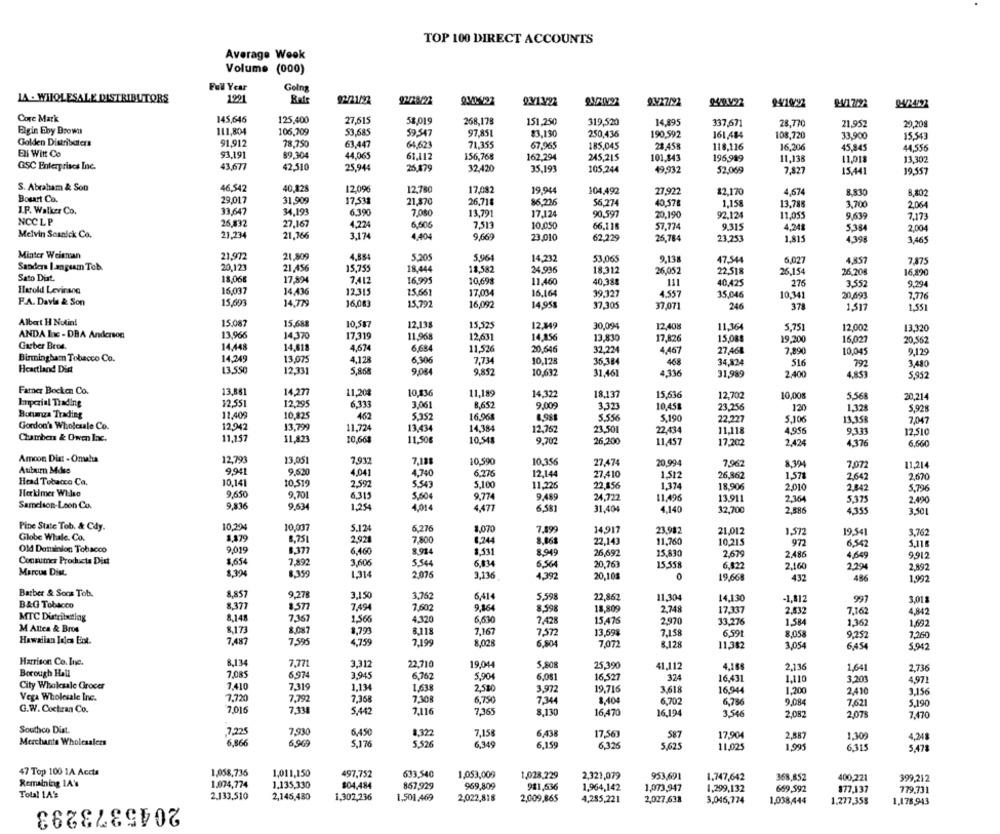
TOP 100 DIRECT ACCOUNTS
Average Week
Volume (000)
Full Year
Going
LA . WHOLESALE DISTRIBUTORS
1991
Rate
92/21/22
24/13/21
94/10/92
W17/22
Core Mark
145,646
125,400
27,615
58.019
268,178
151,250
319,520
14,895
337,671
28.770
21,952
29,208
Elgin Eby Drown
111,804
106,709
53.685
59.547
97,851
83,130
250,435
190,592
161,484
108,720
33,900
15.543
Golden Distribaters
91,912
63,447
71.355
78,750
64,623
67,965
185.045
28.458
118,116
16,206
45,845
44,556
ENl Witt Co
93.191
89,304
44,065
61.112
156,768
162,294
245,215
101,843
196,919
11,138
11,013
13,302
OSC Enterprises Inc.
43.677
42,510
25,944
25.479
32.420
35,193
105,244
49,932
52.069
7,827
15,441
19,557
S. Abraham & Son
46.542
40,828
12,096
12,780
17,082
19.944
104,492
27,922
82,170
4,674
8,830
8,802
Bosart Co.
29.017
31,909
17.531
21,870
26.718
86.236
56.274
I.F. Walker Co.
40.578
1,158
13.785
3,700
2.064
33,647
34,199
6.390
7.080
13,791
17.12
90.597
20,190
92.124
11,055
9.639
7.173
NCCLP
26,832
27,167
4,224
6,606
7.513
10.050
66,115
57.774
9.315
4.241
5.384
2,004
Melvin Sosaick Co.
21,234
21,766
3,174
4,404
9,669
23.010
62.229
25,784
23,253
1,815
4,398
3,465
Minter Welenun
21,972
21.809
4,884
5.205
5.964
14.232
53.065
9,138
47,544
6,027
4,857
7.875
Sander I.angeam Tob.
20,123
21,456
15,755
18.444
18.582
24.936
18.312
26,052
22.518
26.154
26.208
16,190
Sato Dirt.
18,068
17.834
7.412
16,995
10.698
11.460
40,388
40.425
275
3,552
9.294
Harold Levirang
16,037
14.436
12.315
15.661
17,034
16.164
39.127
F.A. Davis & Son
15,693
14.779
4.557
15,046
10.341
7,776
16,083
15,792
16,092
14.95%
37,305
37,071
246
378
1,517
1,551
Albert H Notin!
15.087
15,688
10,587
12,138
15,525
12.349
30,094
12.408
11,36
5,751
12.002
13,320
ANDA Ine - DBA Anderson
13,966
14,370
17.319
11,968
12,631
14,156
13,830
17,826
15,081
19.200
16,027
20.562
Garber Bree.
14,448
14,818
4,674
6,684
11,526
20.646
32.224
4,467
27.468
7,890
10,045
9,129
Birmingham Tobacco Co.
14,249
13.075
4,128
6,306
7,734
35,384
46
10,128
34,824
516
792
3,480
Heartland Dist
13.550
12.331
5,868
9,084
9,852
10,632
31,46
4,336
31,989
2,400
4,853
5,952
Fatner Bocken Co.
13,881
14,277
11,208
10,136
11,189
14,322
18.137
15,636
12,702
10,008
5,568
20,214
Impezial Trading
12,551
12,295
6.333
3,061
8,652
9,009
3.321
10.451
23.256
1,328
5.928
Bonanza Trading
12.409
10.825
462
5.352
16,968
5.550
5,190
22.227
5,106
Gordon's Wholesale Co.
12,942
13.799
11,724
14,384
13,358
7,047
13,434
12,762
23.50
22.434
11,118
4.956
9331
12,510
Chambers & Owen Inc.
11,157
11,823
10,664
11.50€
10,541
9,702
26.200
11,457
17,202
2,424
4.376
6,660
Amcon Dist - Omaha
12,793
13.051
7,932
10,590
10.356
27,474
20.994
7,962
8.394
7,072
11,214
Auburn Mdss
9,941
9.520
4.041
4.740
6.276
12,144
27.410
1,512
26,362
1,571
2,64
2,670
Head Tobacco Ca.
10.141
10.519
2,592
5.543
5.100
11.226
22,156
1.374
18.906
Herkimer Wilso
2.010
2.842
5,796
9,650
9.701
6315
5,604
9,77
9.489
24,722
11,496
13,911
2.164
5,375
2.490
Samelson-Loon Co.
9,836
9.634
1,254
4,014
4.471
6,581
31,404
4,140
12,700
2,886
4,355
3,50
Pine State Tob. & Cdy.
10,294
10.007
5.124
6.276
1,070
7.899
14,917
23,982
21,012
1,572
19.541
3,762
Globe Whale. Co.
3,479
8,751
2,921
7.800
8.244
8,868
22,143
11,760
10.215
972
014 Dominion Tobacco
9,019
8,377
6,460
8.914
8,531
26,692
15,830
6,542
5.116
8,949
2.679
2,486
4,649
9912
Consumer Products Ditt
$,654
7,892
3,606
5.544
6,834
6,564
20,763
15,558
6,822
2.160
2,294
2,892
Marcus Dist.
8,394
8,359
1,314
2.076
3.136
4,392
20,101
0
19,668
432
486
1.992
Barber & Sons Tob.
8,857
9.278
3.150
3,752
6,414
5.598
22,867
11,304
14,130
-1,812
997
3,011
B&G Tobacco
8,377
8,57
7,494
7,602
9,364
8,598
18,809
2,748
17,337
2,532
4.842
MTC Dutributing
8,148
7.367
1.566
6,630
7,162
4.320
7.428
15,476
2.970
33.276
1.584
1,362
1,692
M Attea & Bros
8,173
8,087
8,793
8,118
7,167
13,69$
7,158
6.591
8.058
9,252
7,260
Hawaiian Inles Eot.
7,487
7.595
4,759
7.199
8,028
6.804
7,072
8.128
11,382
3,054
6,454
5,942
Harrison Co. Inc.
8,134
7,771
3.312
22,710
19.044
5,508
25.390
41,112
4,168
2,136
1,64
2.736
Borough Hall
7,085
6,974
3.945
6.752
5,904
6,081
16,527
324
City Wholesale Grocer
16,431
3.201
4,971
7.410
7,319
1,13
1.638
2,580
3.972
19.716
3,618
16.944
1.200
2,410
3.156
Vega Wholesale Inc.
7,720
7,792
7,368
7,308
6,750
7,344
8,404
6,702
6,786
9,084
7,621
G.W.Cochran Co.
7.016
7.334
5,190
5,442
7,116
7,365
8,130
16,470
16,194
3,546
2,082
2,073
7,470
Southco Diat.
7,225
7,930
6,450
1,322
7,158
6,438
17,563
17,904
2,887
1,309
Merchants Wholesalezs
6,866
6.969
5,176
587
4,248
5,526
6,349
6,159
6,326
5,625
11,025
1,995
6.315
5,478
47 Top 100 1A Accta
1,058,735
1,011,150
497,752
633,540
1,053,009
1,028,229
2,321,079
953,691
1.747,642
368,852
400,221
Remaining IA's
1.074,774
1.135,330
$04,484
867,929
969,809
399,212
Total 1A's
981,636
1,964,142
1,073,947
1,299,132
669,992
877,137
779.731
2.133,510
2,146,480
1,302,236
1,501,469
2,022,818
2,009,865
4,285,221
2,027,638
3,046,774
1,038,444
1.277,358
1.178,943
2045373293